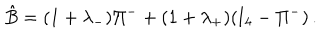
LaTeX: \hat { B } = ( 1 + \lambda _ { - } ) \Pi ^ { - } + ( 1 + \lambda _ { + } ) ( \mathrm { I } _ { 4 } - \Pi ^ { - } ) \, .